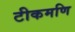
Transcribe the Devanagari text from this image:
टीकमणि